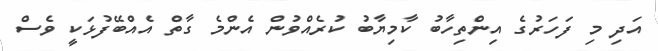
އަދި މި ފަހަރުގެ އިންތިހާބު ކާމިޔާބު ކުރެއްވުން އެންމެ ގާތް އެއްބޭފުޅަކީ ވެސް